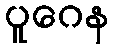
ပူဂေန